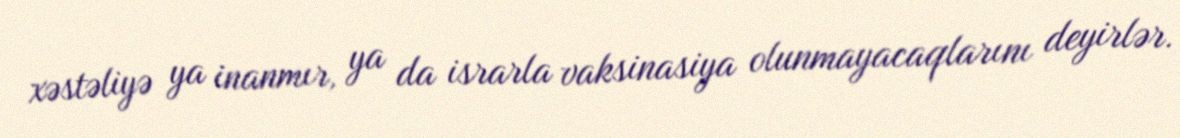
xəstəliyə ya inanmır, ya da israrla vaksinasiya olunmayacaqlarını deyirlər.